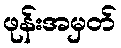
ဖုန်းအမှတ်